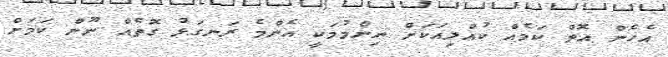
އެހެން އޮތް ކަމެއް ކުއްލިއަކަށް ނިންމުމަކީ އެންމެ ރަނގަޅު ގޮތެއް ނޫން ކަމަށް